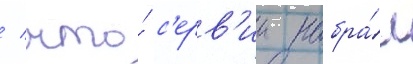
/ что́ с'ерв'ии набра́л